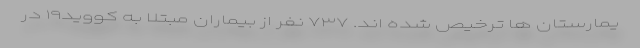
یمارستان ها ترخیص شده اند. ۷۳۷ نفر از بیماران مبتلا به کووید۱۹ در